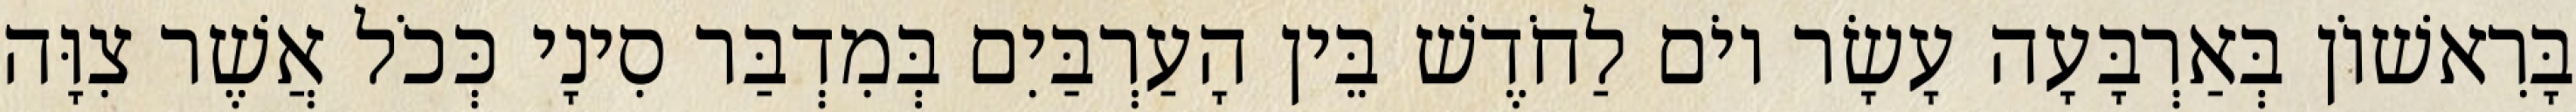
בָּרִאשׁוֹן בְּאַרְבָּעָה עָשָׂר יוֹם לַחֹדֶשׁ בֵּין הָעַרְבַּיִם בְּמִדְבַּר סִינָי כְּכֹל אֲשֶׁר צִוָּה